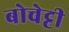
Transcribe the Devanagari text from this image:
बोचेट्टी